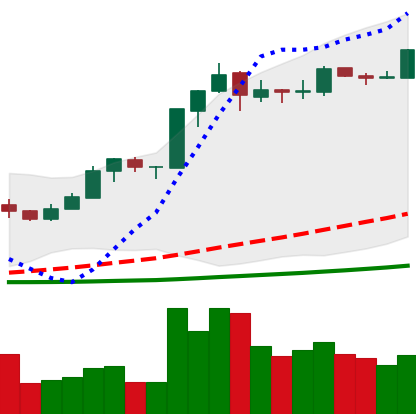
Ticker: BNB-USD
Chart end date: 2019-03-16
Forward return: -9.936%
Label: down_7plus